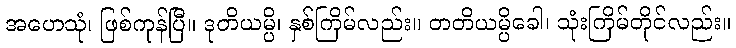
အဟေသုံ၊ ဖြစ်ကုန်ပြီ။ ဒုတိယမ္ပိ၊ နှစ်ကြိမ်လည်း။ တတိယမ္ပိခေါ၊ သုံးကြိမ်တိုင်လည်း။